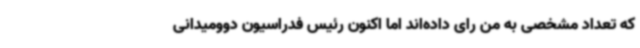
که تعداد مشخصی به من رای داده‌اند اما اکنون رئیس فدراسیون دوومیدانی